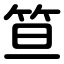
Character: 笪